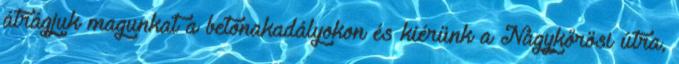
átrágjuk magunkat a betonakadályokon és kiérünk a Nagykőrösi útra,